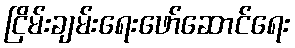
ငြိမ်းချမ်းရေးဖော်ဆောင်ရေး